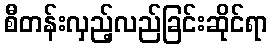
စီတန်းလှည့်လည်ခြင်းဆိုင်ရာ